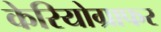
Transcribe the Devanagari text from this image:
केरियोग्राफर